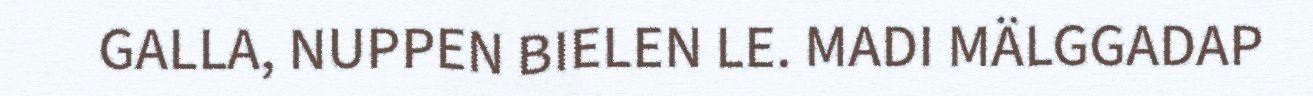
GALLA, NUPPEN BIELEN LE. MADI MÄLGGADAP